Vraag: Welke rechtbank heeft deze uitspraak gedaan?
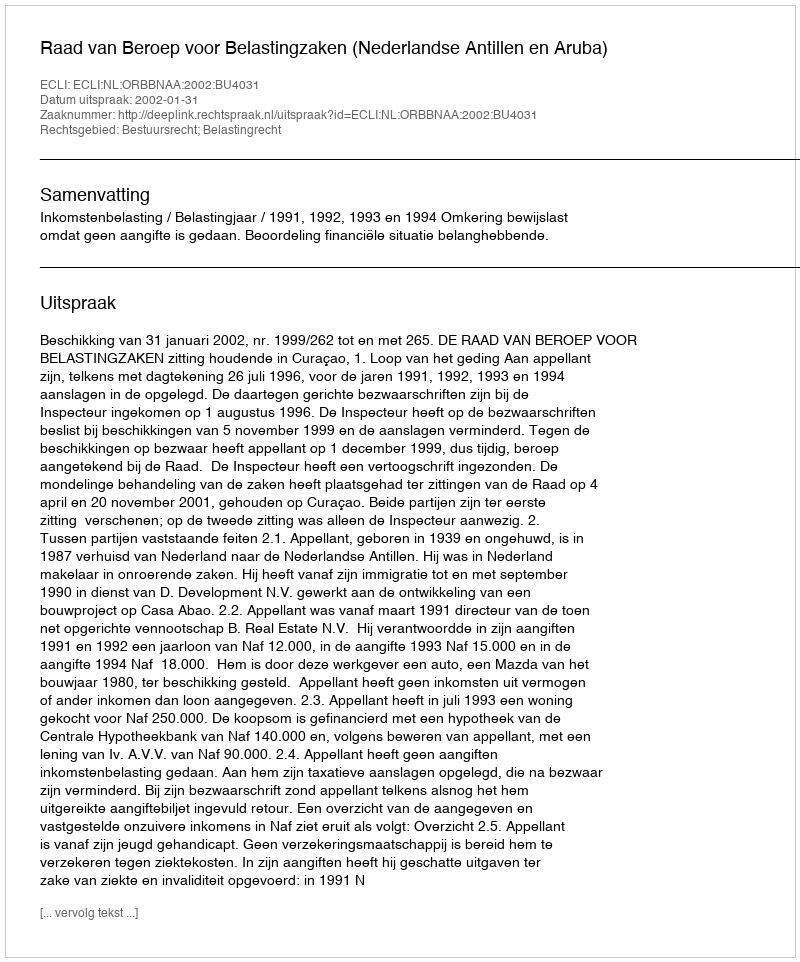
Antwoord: Raad van Beroep voor Belastingzaken (Nederlandse Antillen en Aruba)